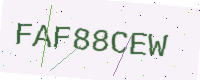
Text: FAF88CEW